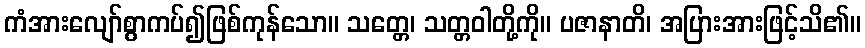
ကံအားလျော်စွာကပ်၍ဖြစ်ကုန်သော။ သတ္တေ၊ သတ္တဝါတို့ကို။ ပဇာနာတိ၊ အပြားအားဖြင့်သိ၏။